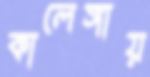
কালেঙ্গায়